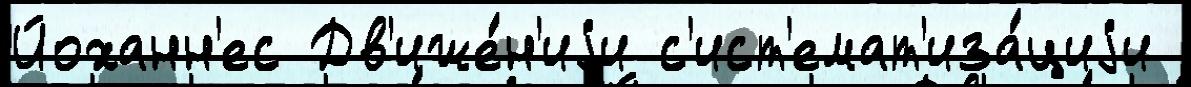
Йоханн'ес Дв'иже́н'иjи с'ист'емат'иза́циjи